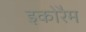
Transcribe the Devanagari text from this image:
इकोरैम